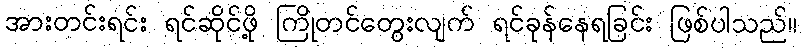
အားတင်းရင်း ရင်ဆိုင်ဖို့ ကြိုတင်တွေးလျက် ရင်ခုန်နေရခြင်း ဖြစ်ပါသည်။